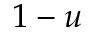
1 - u